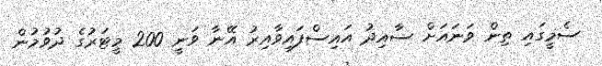
ސެމީގައި ތިން ވަނައަށް ސާއިދު އައިސްފައިވާއިރު އޭނާ ވަނީ 200 މީޓަރުގެ ދުވުމުން